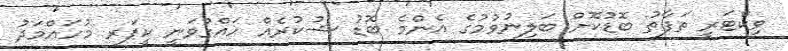
ވިކްޓަރީ ތަފާތު ބޮޑުކޮށް ބަލިނުވުމުގެ އެންމެ ބޮޑު ޝުކުރެއް ހައްގުވަނީ ކީޕަރ މުހައްމަދު